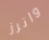
واترز